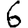
Digit: 6